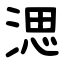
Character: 㴓